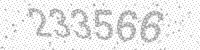
Solution: 233566